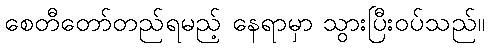
စေတီတော်တည်ရမည့် နေရာမှာ သွားပြီးဝပ်သည်။